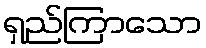
ရှည်ကြာသော